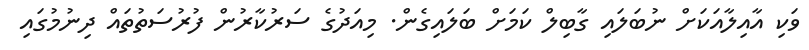
ވަކި އާއިލާއަކަށް ނުބަލައި ގާބިލް ކަމަށް ބަލައިގެން. މިއަދުގެ ސަރުކާރުން ފުރުސަތުތައް ދިނުމުގައި